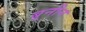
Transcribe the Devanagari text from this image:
बूनीन